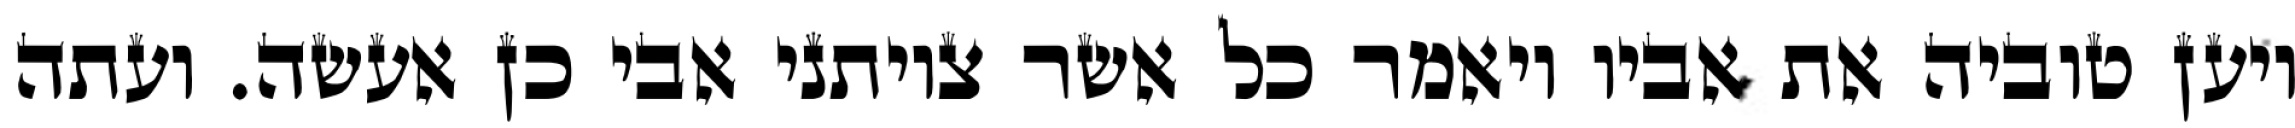
ויען טוביה את אביו ויאמר כל אשר צויתני אבי כן אעשה. ועתה